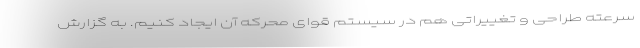
سرعته طراحی و تغییراتی هم در سیستم قوای محرکه آن ایجاد کنیم. به گزارش